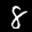
Label: 8